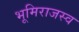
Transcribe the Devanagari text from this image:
भूमिराजस्व